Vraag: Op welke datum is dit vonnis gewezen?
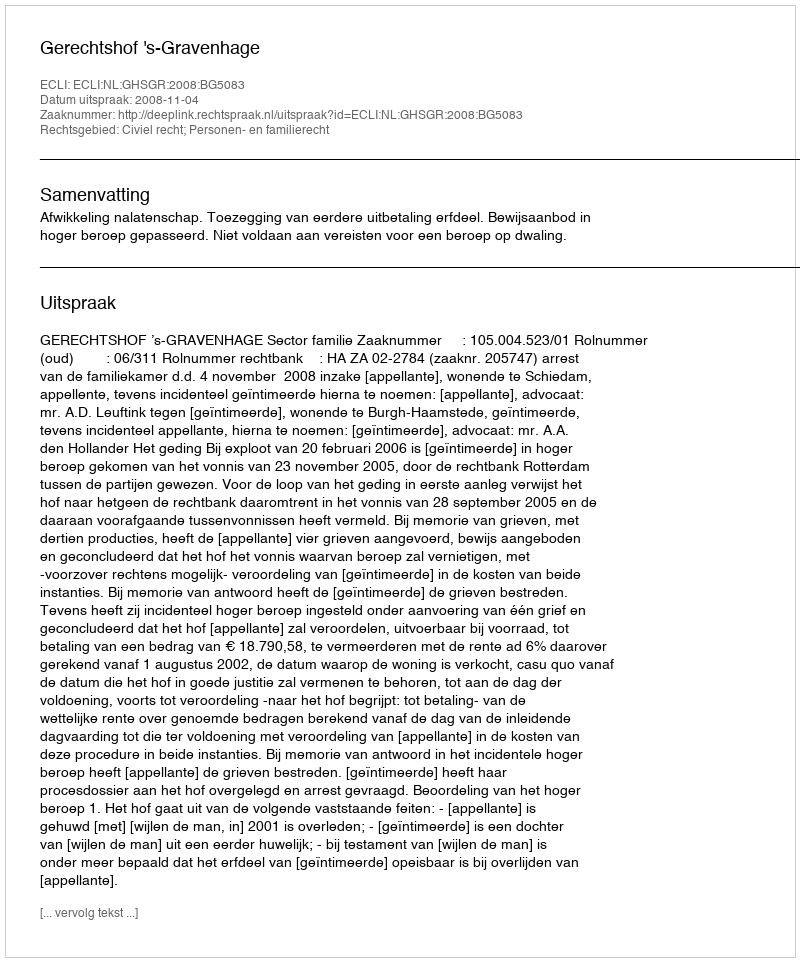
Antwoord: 2008-11-04